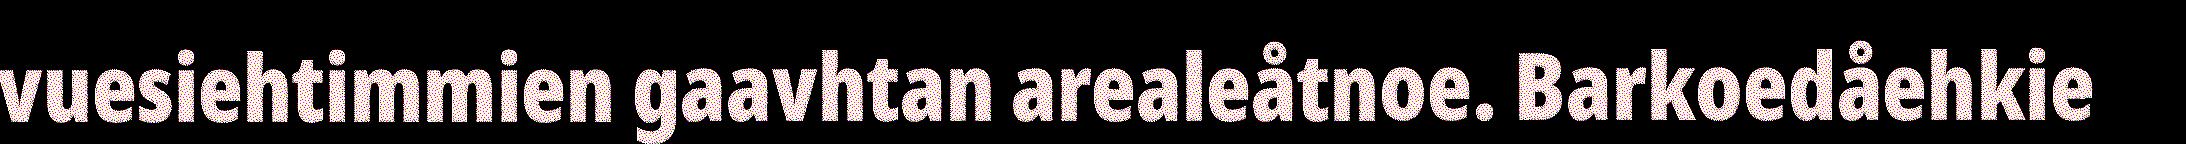
vuesiehtimmien gaavhtan arealeåtnoe. Barkoedåehkie